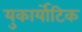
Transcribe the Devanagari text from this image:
युकार्योटिक